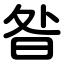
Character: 昝